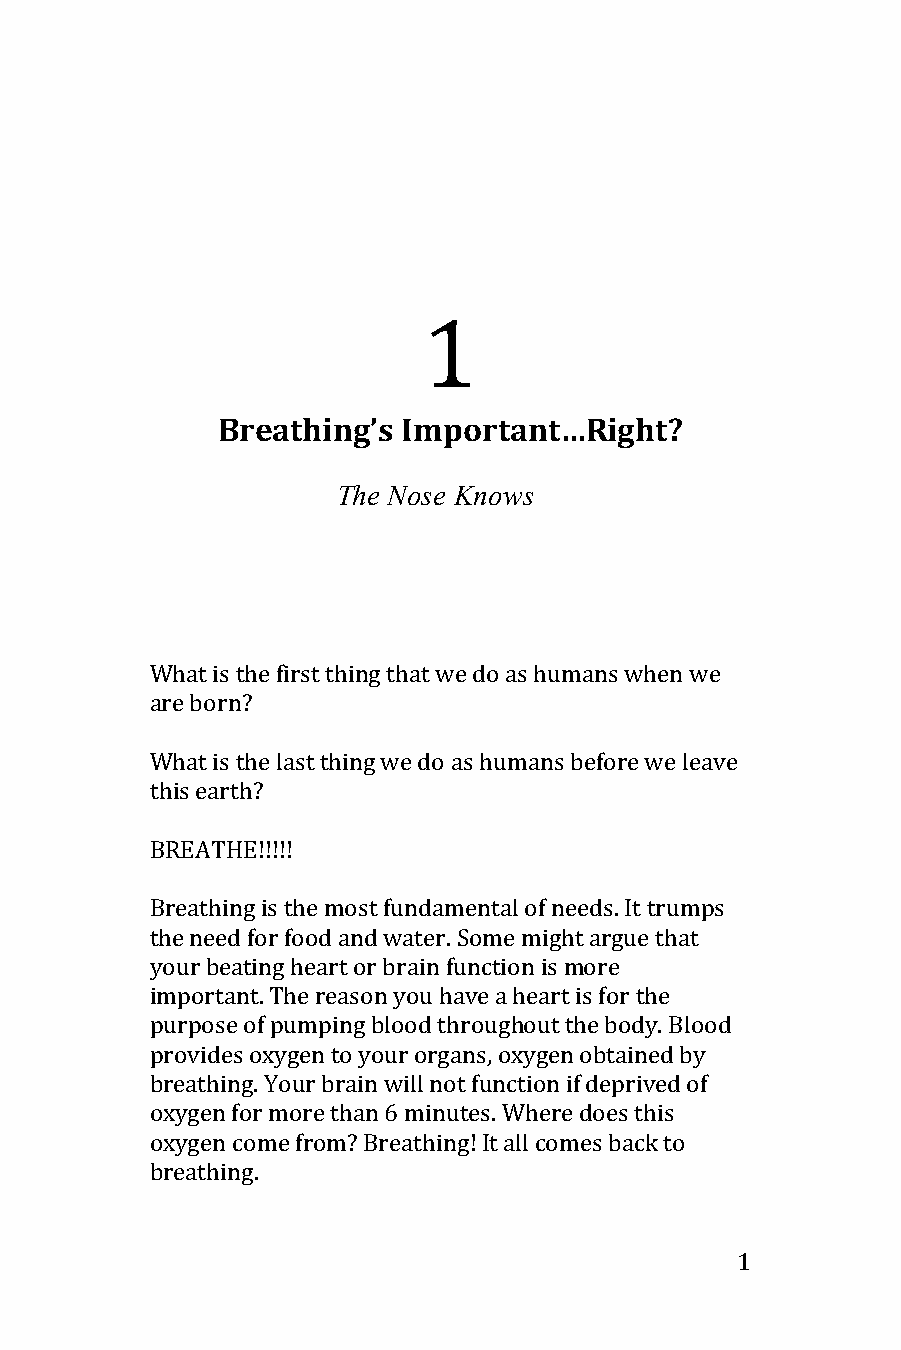
1
 Breathing’s  Important…Right?
 The Nose Knows
 What is the first thing that we do as humans when we
 are born?
 What is the last thing we do as humans before we leave
 this earth?
 BREATHE!!!!!
 Breathing is the most fundamental of needs. It trumps
 the need for food and water. Some might argue that
 your beating heart or brain function is more
 important. The reason you have a heart is for the
 purpose of pumping blood throughout the body. Blood
 provides oxygen to your organs, oxygen obtained by
 breathing. Your brain will not function if deprived of
 oxygen for more than 6 minutes. Where does this
 oxygen come from? Breathing! It all comes back to
 breathing.
 1